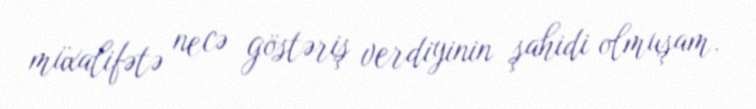
müxalifətə necə göstəriş verdiyinin şahidi olmuşam.